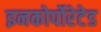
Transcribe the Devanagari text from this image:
इनकोर्पोरेटेड